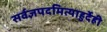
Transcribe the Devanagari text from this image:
सर्वज्ञपदमित्याहुर्देही